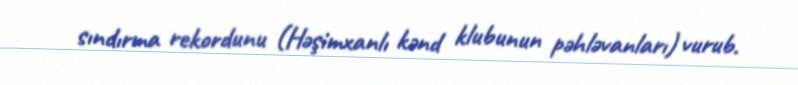
sındırma rekordunu (Həşimxanlı kənd klubunun pəhləvanları) vurub.